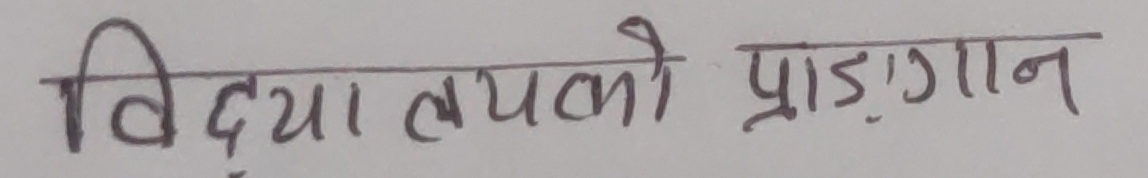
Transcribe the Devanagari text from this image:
विद्‌यालयको प्राङ्गणा